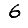
Digit: 6